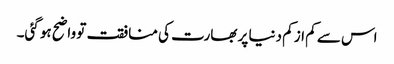
اس سے کم از کم دنیا پر بھارت کی منافقت تو واضح ہو گئی۔